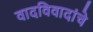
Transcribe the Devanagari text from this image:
वादविवादांचे